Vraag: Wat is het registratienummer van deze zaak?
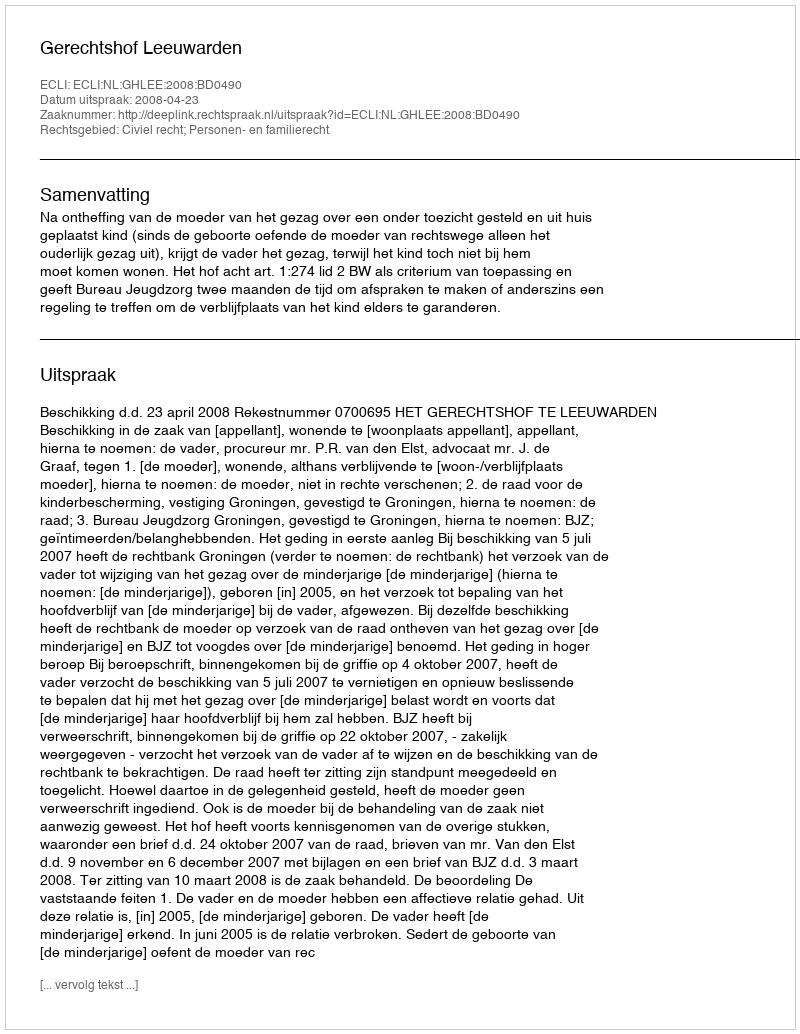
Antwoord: http://deeplink.rechtspraak.nl/uitspraak?id=ECLI:NL:GHLEE:2008:BD0490